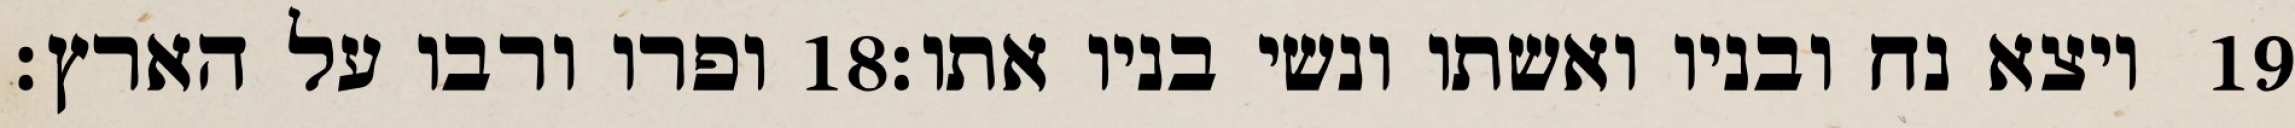
ופרו ורבו על הארץ׃ ‎18‏ ויצא נח ובניו ואשתו ונשי בניו אתו׃ ‎19‏